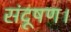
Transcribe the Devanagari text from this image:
संदूषण।